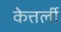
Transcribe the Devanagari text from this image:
केत्तर्ली